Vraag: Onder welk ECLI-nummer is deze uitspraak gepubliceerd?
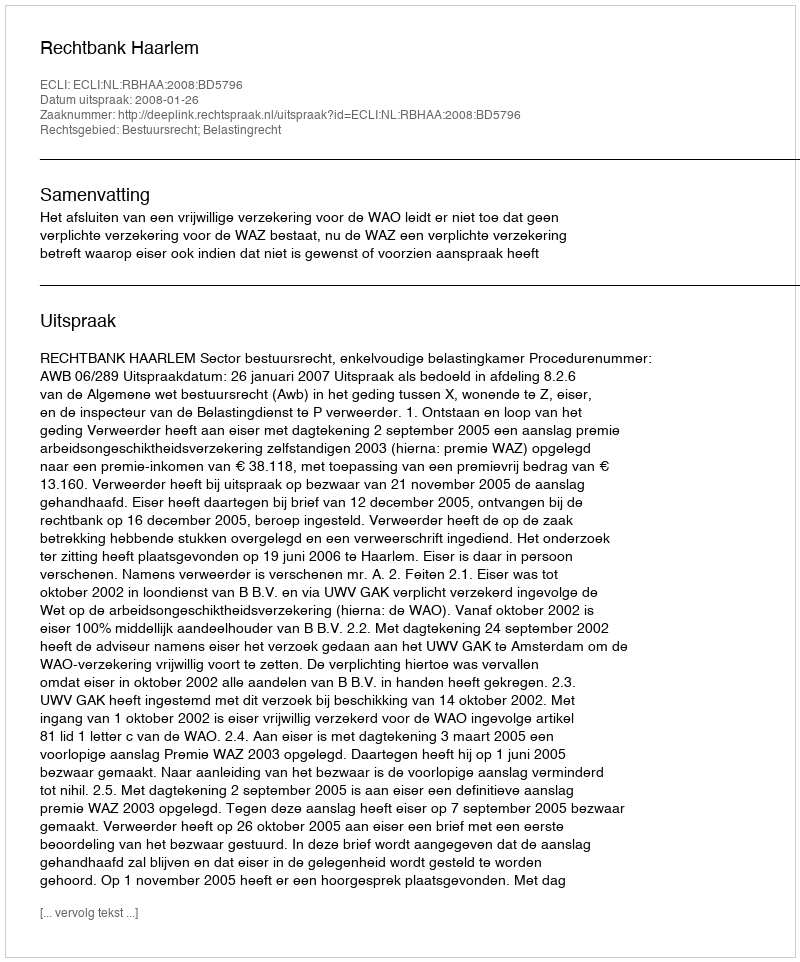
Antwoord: ECLI:NL:RBHAA:2008:BD5796